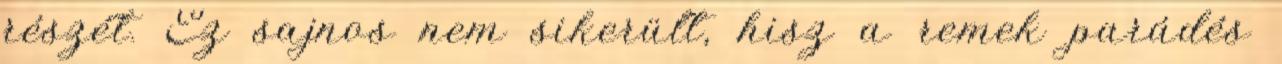
részét. Ez sajnos nem sikerült, hisz a remek parádés